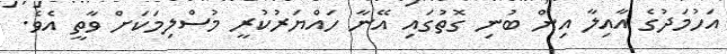
އަހުމަދުގެ އާއިލާ އިން ބުނި ގޮތުގައި އޭނާ ހައްޔަރުކުރީ މުސްލިމަކަށް ވާތީ އެވެ.